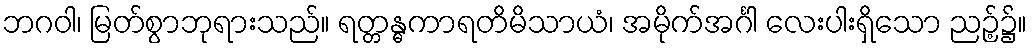
ဘဂဝါ၊ မြတ်စွာဘုရားသည်။ ရတ္တန္ဓကာရတိမိသာယံ၊ အမိုက်အင်္ဂါ လေးပါးရှိသော ညဉ့်၌။